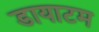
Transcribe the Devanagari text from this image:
डायाटम